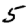
Digit: 5